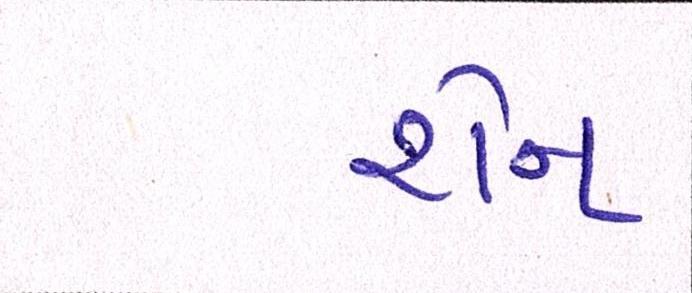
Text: શેન